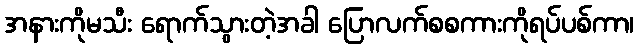
အနားကိုမသီး ရောက်သွားတဲ့အခါ ပြောလက်စစကားကိုရပ်ပစ်ကာ၊